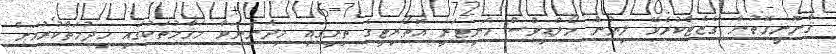
ޤާނޫނީގޮތުން ގެޒެޓްކުރެވޭ ލިޔުން މޯލްޑިވްސް މަނިޓަރީ އޮތޯރިޓީގެ ތިރީގައި މިދަންނަވާ މަޤާމުތަކުގައި ޚިދުމަތްކުރުމަށް